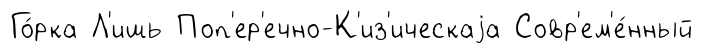
Го́рка Л'ишь Поп'ер'ечно-К'из'ическаjа Совр'ем'е́нный